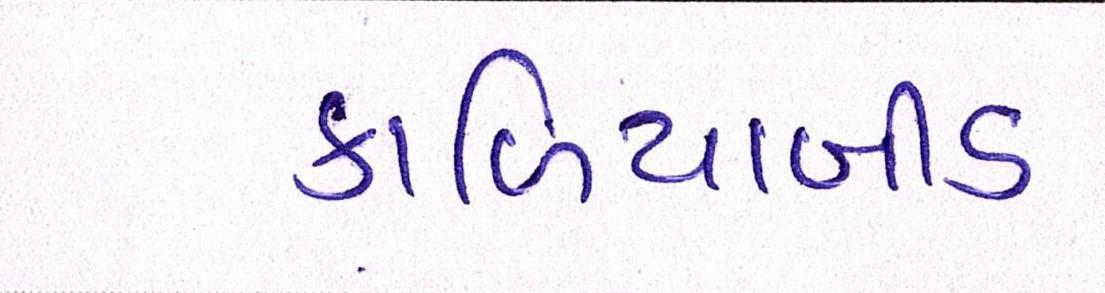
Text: કાળિયાબીડ